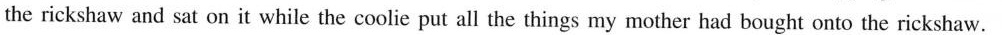
the rickshaw and sat on it while the coolie put all the things my mother had bought onto the rickshaw.